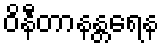
ဝိနီတာနန္တရေန